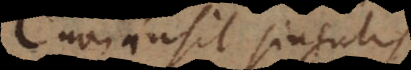
insit singulis